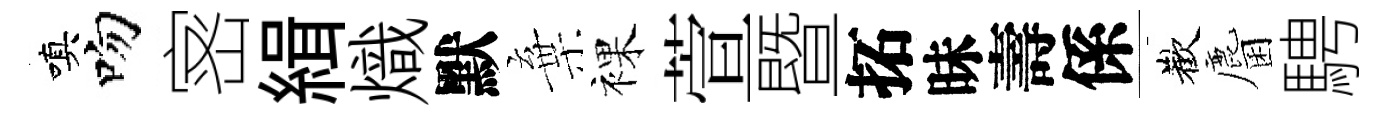
嗔吻宻緝熾默棄裸萱暨拓昧壽係歡麕騁